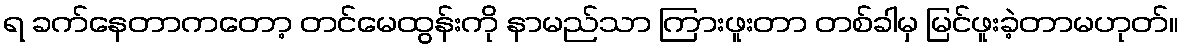
ရ ခက်နေတာကတော့ တင်မေထွန်းကို နာမည်သာ ကြားဖူးတာ တစ်ခါမှ မြင်ဖူးခဲ့တာမဟုတ်။